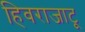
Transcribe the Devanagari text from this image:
हिवराजाटू